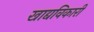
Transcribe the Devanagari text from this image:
खाद्यविकारी